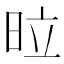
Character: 𭥩